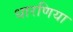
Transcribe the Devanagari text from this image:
धारणिया